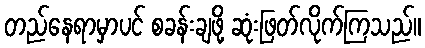
တည်နေရာမှာပင် စခန်းချဖို့ ဆုံးဖြတ်လိုက်ကြသည်။